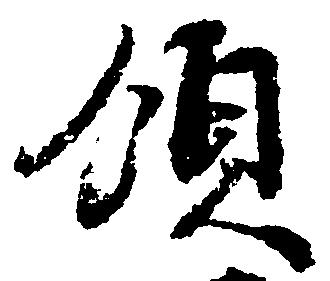
領